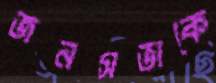
জনসভাকে